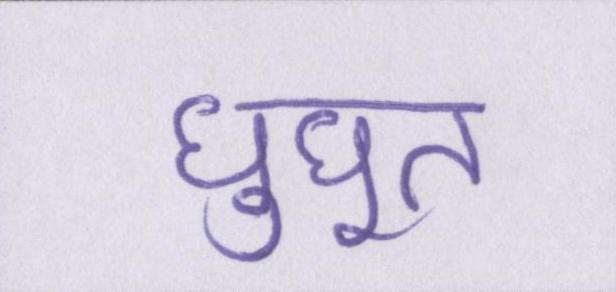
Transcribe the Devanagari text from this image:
घुघूत